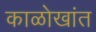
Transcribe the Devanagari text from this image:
काळोखांत